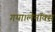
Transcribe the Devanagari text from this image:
गया।लेनॉक्स